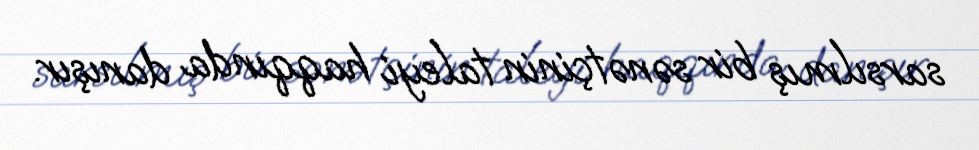
sarsılmış bir sənətçinin taleyi haqqında danışır.